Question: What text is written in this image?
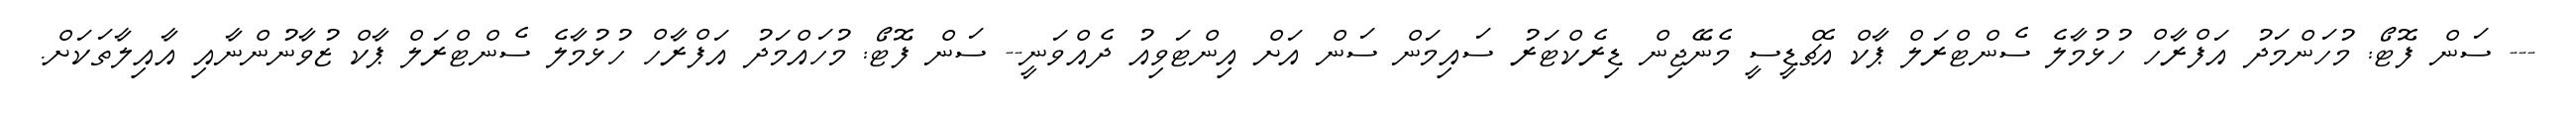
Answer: --- ސަން ފޮޓޯ: މުހަންމަދު އަފްރާހް ހުޅުމާލެ ސެންޓްރަލް ޕާކް އެޗްޑީސީ މެނޭޖިން ޑިރެކްޓަރު ސައިމަން ސަން އަށް އިންޓަވިއު ދެއްވަނީ-- ސަން ފޮޓޯ: މުހައްމަދު އަފްރާހް ހުޅުމާލެ ސެންޓްރަލް ޕާކް ޒުވާނުންނާއި އާއިލާތަކަށް.